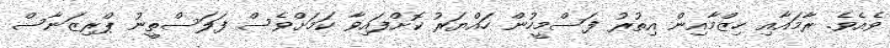
ވެއެވެ. ރާމައާއި ހިޒްމާއިން އިތުރު ފަސްމީހުން ހައްޔަރު ކޮށްފައިވާ ކަމަށްވެސް ފަލަސްތީނު ޕްރިޒަނާސް